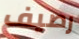
رصيف